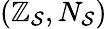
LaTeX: (\mathbb{Z}_{\mathcal{{S}}},N_{\mathcal{{S}}})